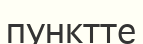
пунктте